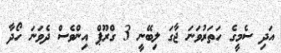
އަދި ސެމީގެ ހަތަރުވަނަ ޖާގަ ލިބޭނީ 3 ގްރޫޕް އިންވެސް ދެވަނަ ހޯދާ